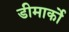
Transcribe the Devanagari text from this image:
डीमार्को